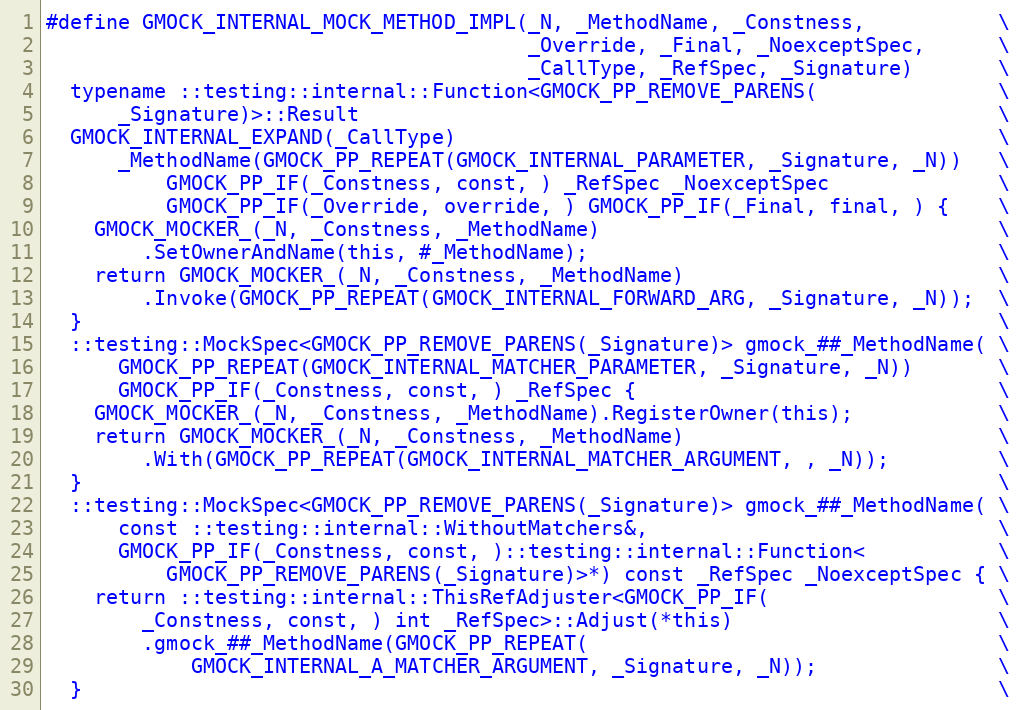
Language: C
#define GMOCK_INTERNAL_MOCK_METHOD_IMPL(_N, _MethodName, _Constness,           \
                                        _Override, _Final, _NoexceptSpec,      \
                                        _CallType, _RefSpec, _Signature)       \
  typename ::testing::internal::Function<GMOCK_PP_REMOVE_PARENS(               \
      _Signature)>::Result                                                     \
  GMOCK_INTERNAL_EXPAND(_CallType)                                             \
      _MethodName(GMOCK_PP_REPEAT(GMOCK_INTERNAL_PARAMETER, _Signature, _N))   \
          GMOCK_PP_IF(_Constness, const, ) _RefSpec _NoexceptSpec              \
          GMOCK_PP_IF(_Override, override, ) GMOCK_PP_IF(_Final, final, ) {    \
    GMOCK_MOCKER_(_N, _Constness, _MethodName)                                 \
        .SetOwnerAndName(this, #_MethodName);                                  \
    return GMOCK_MOCKER_(_N, _Constness, _MethodName)                          \
        .Invoke(GMOCK_PP_REPEAT(GMOCK_INTERNAL_FORWARD_ARG, _Signature, _N));  \
  }                                                                            \
  ::testing::MockSpec<GMOCK_PP_REMOVE_PARENS(_Signature)> gmock_##_MethodName( \
      GMOCK_PP_REPEAT(GMOCK_INTERNAL_MATCHER_PARAMETER, _Signature, _N))       \
      GMOCK_PP_IF(_Constness, const, ) _RefSpec {                              \
    GMOCK_MOCKER_(_N, _Constness, _MethodName).RegisterOwner(this);            \
    return GMOCK_MOCKER_(_N, _Constness, _MethodName)                          \
        .With(GMOCK_PP_REPEAT(GMOCK_INTERNAL_MATCHER_ARGUMENT, , _N));         \
  }                                                                            \
  ::testing::MockSpec<GMOCK_PP_REMOVE_PARENS(_Signature)> gmock_##_MethodName( \
      const ::testing::internal::WithoutMatchers&,                             \
      GMOCK_PP_IF(_Constness, const, )::testing::internal::Function<           \
          GMOCK_PP_REMOVE_PARENS(_Signature)>*) const _RefSpec _NoexceptSpec { \
    return ::testing::internal::ThisRefAdjuster<GMOCK_PP_IF(                   \
        _Constness, const, ) int _RefSpec>::Adjust(*this)                      \
        .gmock_##_MethodName(GMOCK_PP_REPEAT(                                  \
            GMOCK_INTERNAL_A_MATCHER_ARGUMENT, _Signature, _N));               \
  }                                                                            \